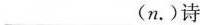
___(n.)诗